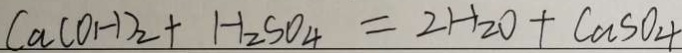
C a ( O H ) _ { 2 } + H _ { 2 } S O _ { 4 } = 2 H _ { 2 } O + C a S O _ { 4 }